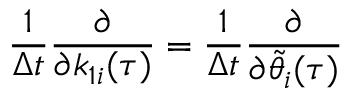
\frac { 1 } { \Delta t } \frac { \partial } { \partial k _ { 1 i } ( \tau ) } = \frac { 1 } { \Delta t } \frac { \partial } { \partial \tilde { \theta } _ { i } ( \tau ) }